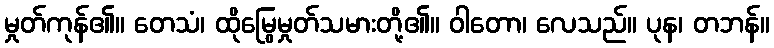
မှုတ်ကုန်၏။ တေသံ၊ ထိုမြွေမှုတ်သမားတို့၏။ ဝါတော၊ လေသည်။ ပုန၊ တဘန်။